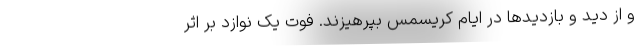
و از دید و بازدید‌ها در ایام کریسمس بپرهیزند. فوت یک نوازد بر اثر